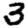
Digit: 3